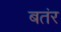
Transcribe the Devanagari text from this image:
बतंर